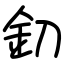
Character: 釖